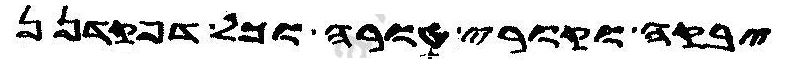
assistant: יבקה וקורי טורה וכל דפקדנן